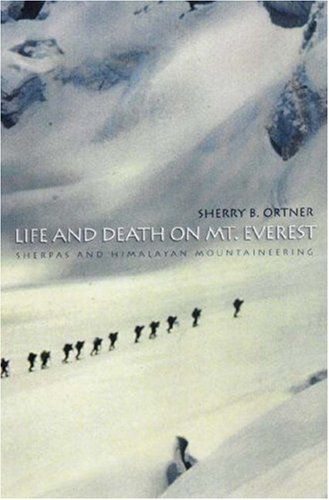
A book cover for Life and Death on Mt. Everest: Sherpas and Himalayan Mountaineering; Sherry B. Ortner; Sports & Outdoors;